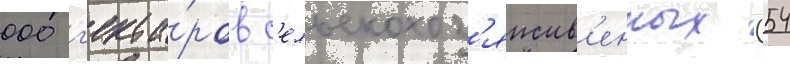
000 г'екта́ров с'ельскохоз'яиств'енных (54